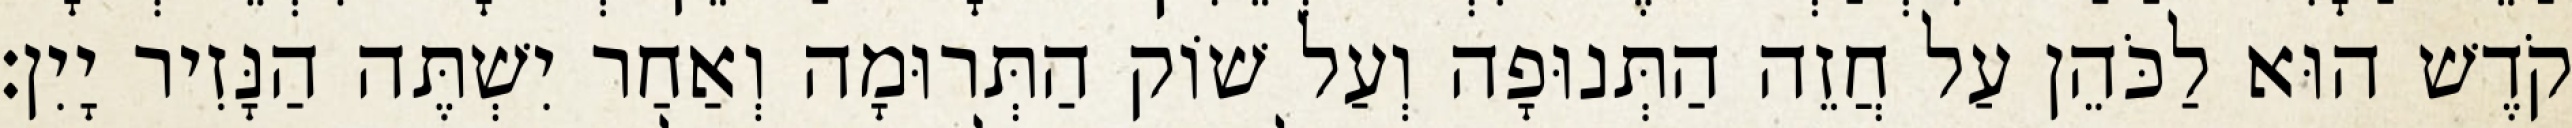
קֹדֶשׁ הוּא לַכֹּהֵן עַל חֲזֵה הַתְּנוּפָה וְעַל שׁוֹק הַתְּרוּמָה וְאַחַר יִשְׁתֶּה הַנָּזִיר יָיִן׃